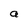
Character: a